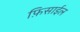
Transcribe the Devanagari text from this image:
फ़िसाईल